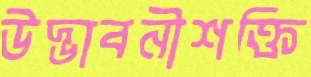
উদ্ভাবনীশক্তি